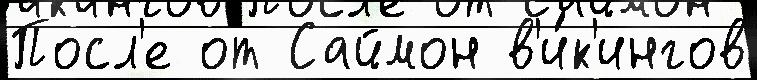
Посл'е от Саймон в'и́к'ингов